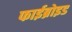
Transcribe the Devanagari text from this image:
फाईब्रोइड